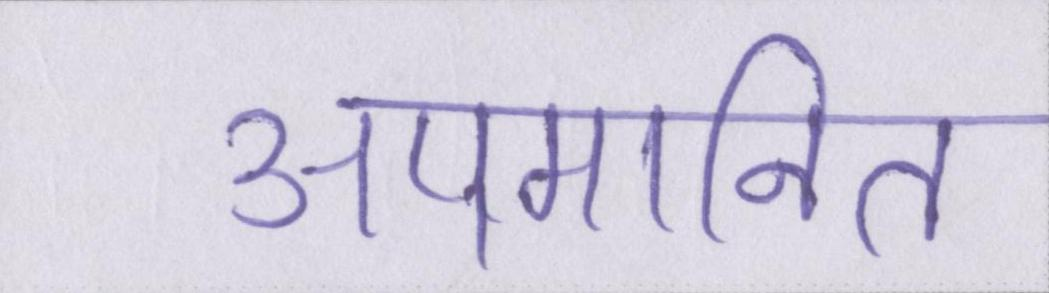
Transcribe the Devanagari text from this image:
अपमानित